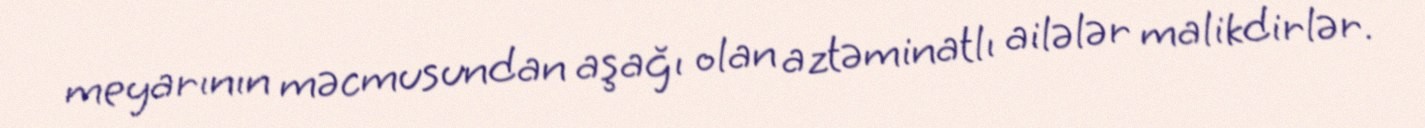
meyarının məcmusundan aşağı olan aztəminatlı ailələr malikdirlər.